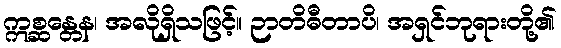
ဣစ္ဆန္တေန၊ အလိုရှိသဖြင့်။ ဉာတိဓီတာပိ၊ အရှင်ဘုရားတို့၏